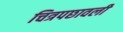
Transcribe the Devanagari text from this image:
चित्रपछावली